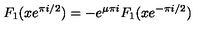
F _ { 1 } ( x e ^ { \pi i / 2 } ) = - e ^ { \mu \pi i } F _ { 1 } ( x e ^ { - \pi i / 2 } )